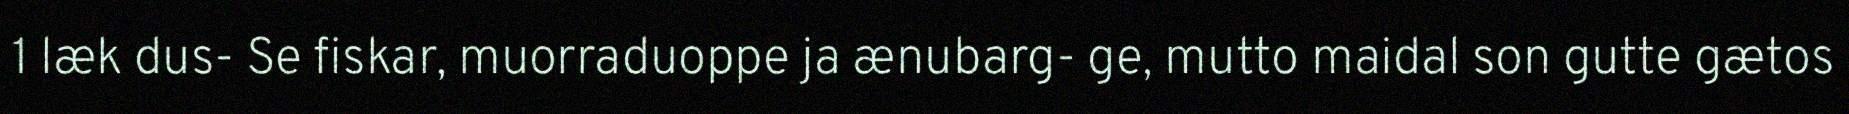
1 læk dus- Se fiskar, muorraduoppe ja ænubarg- ge, mutto maidal son gutte gætos